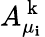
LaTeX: A_{\mu_{\mathbf{i}}}^{\mathrm{{~k~}}}